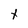
Character: t